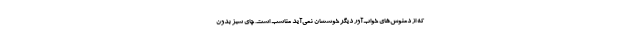
که از دمنوش‌های خواب‌آور دیگر خوششان نمی‌آید مناسب است. چای سبز بدون